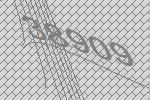
38909